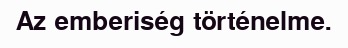
Az emberiség történelme.